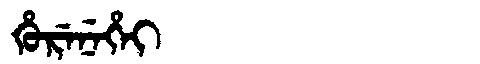
Manchu: ᡥᡠᡵᡝᠨᡝᡥᡝᡳ
Romanization: HURENEHEI